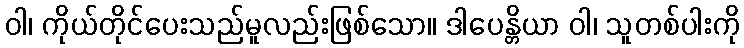
ဝါ၊ ကိုယ်တိုင်ပေးသည်မူလည်းဖြစ်သော။ ဒါပေန္တိယာ ဝါ၊ သူတစ်ပါးကို